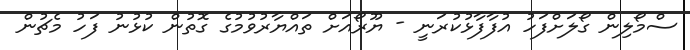
ސްމޯލިން ގޯލަށްފަހު އުފާފާޅުކުރަނީ - ޔޫރޯއަށް ތައްޔާރުވުމުގެ ގޮތުން ކުޅުނު ފަހު މެޗުން